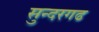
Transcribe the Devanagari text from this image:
सुन्दरगढ